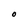
Character: O